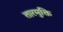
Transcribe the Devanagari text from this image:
तारमुक्ति